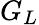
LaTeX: G_{L}